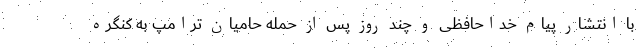
با انتشار پیام خداحافظی و چند روز پس از حمله حامیان ترامپ به کنگره